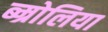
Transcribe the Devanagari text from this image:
ब्म्रोलिया